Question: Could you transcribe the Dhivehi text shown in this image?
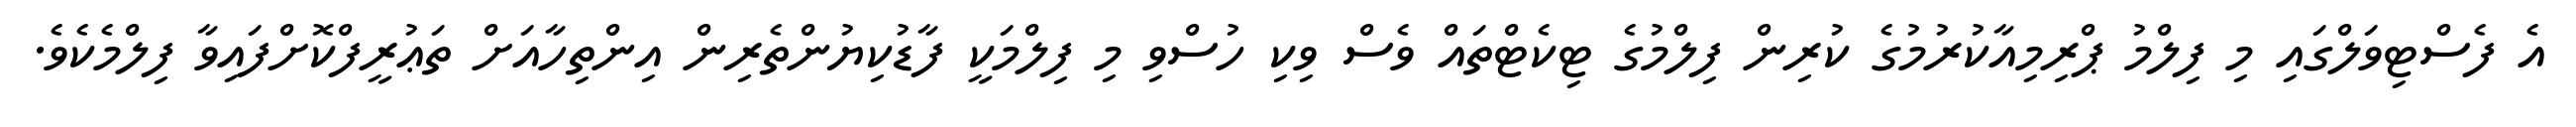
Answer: އެ ފެސްޓިވަލްގައި މި ފިލްމު ޕްރިމިއާކުރުމުގެ ކުރިން ފިލްމުގެ ޓިކެޓްތައް ވެސް ވިކި ހުސްވި މި ފިލްމަކީ ފާޑުކިޔުންތެރިން އިންތިހާއަށް ތަޢުރީފްކޮށްފައިވާ ފިލްމެކެވެ.